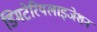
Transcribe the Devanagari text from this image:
डिमटेरियलाइजेशन